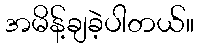
အမိန့်ချခဲ့ပါတယ်။